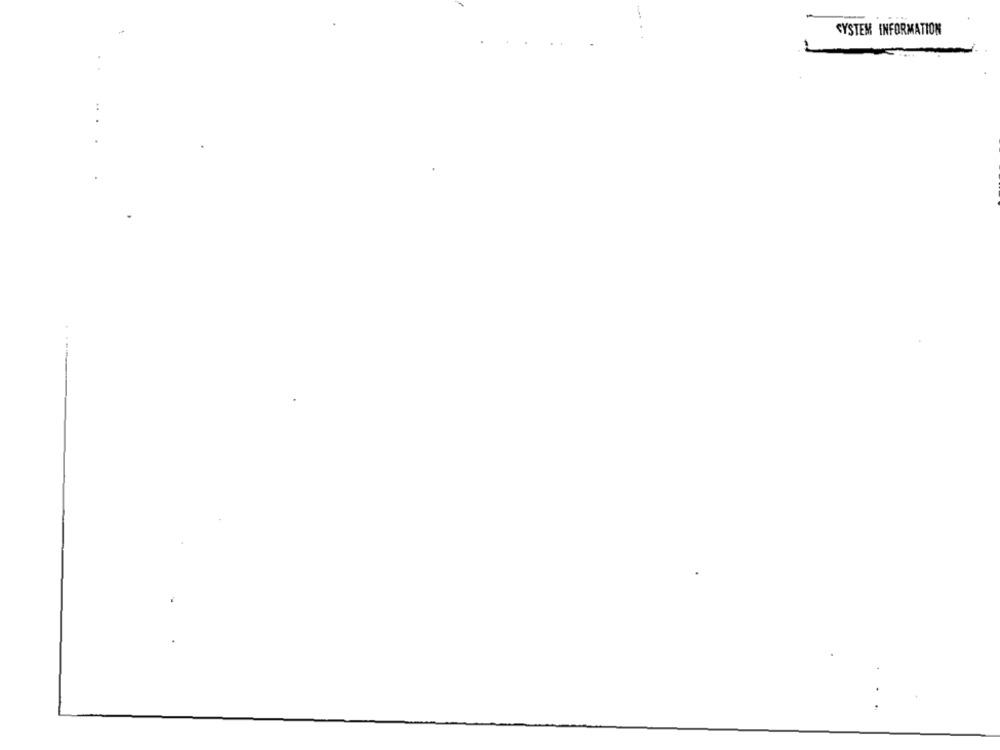
SYSTEM INFORMATION
.....